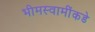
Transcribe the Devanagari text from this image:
भीमस्वामींकडे